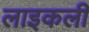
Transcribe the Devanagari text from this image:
लाइकली